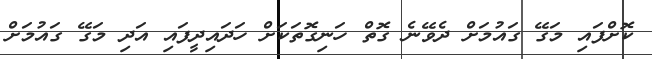
ކޮށްފައި މަގޭ ގައުމަށް ދެވޭނެ ގޮތް ހަނިގޮތަކަށް ހަދައިދީފައި އަދި މަގޭ ގައުމަށް